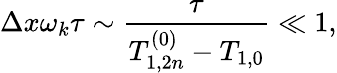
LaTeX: \Delta x\omega_{k}\tau\sim\frac{\tau}{T_{1,2n}^{\left(0\right)}-T_{1,0}}\ll 1,